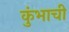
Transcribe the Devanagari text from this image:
कुंभाची